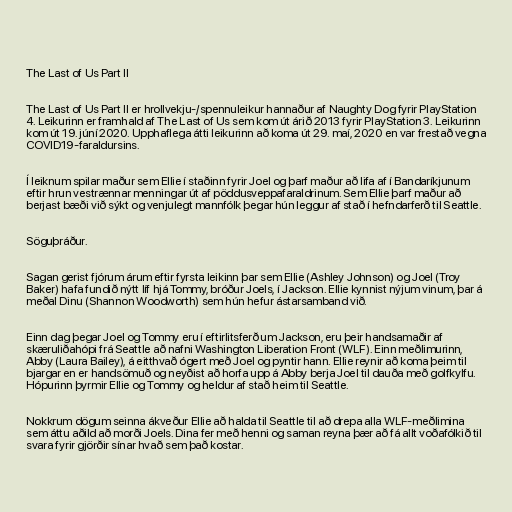
The Last of Us Part II

The Last of Us Part II er hrollvekju-/spennuleikur hannaður af Naughty Dog fyrir PlayStation
4. Leikurinn er framhald af The Last of Us sem kom út árið 2013 fyrir PlayStation 3. Leikurinn
kom út 19. júní 2020. Upphaflega átti leikurinn að koma út 29. maí, 2020 en var frestað vegna
COVID19-faraldursins.

Í leiknum spilar maður sem Ellie í staðinn fyrir Joel og þarf maður að lifa af í Bandaríkjunum
eftir hrun vestrænnar menningar út af pöddusveppafaraldrinum. Sem Ellie þarf maður að
berjast bæði við sýkt og venjulegt mannfólk þegar hún leggur af stað í hefndarferð til Seattle.

Söguþráður.

Sagan gerist fjórum árum eftir fyrsta leikinn þar sem Ellie (Ashley Johnson) og Joel (Troy
Baker) hafa fundið nýtt líf hjá Tommy, bróður Joels, í Jackson. Ellie kynnist nýjum vinum, þar á
meðal Dinu (Shannon Woodworth) sem hún hefur ástarsamband við.

Einn dag þegar Joel og Tommy eru í eftirlitsferð um Jackson, eru þeir handsamaðir af
skæruliðahópi frá Seattle að nafni Washington Liberation Front (WLF). Einn meðlimurinn,
Abby (Laura Bailey), á eitthvað ógert með Joel og pyntir hann. Ellie reynir að koma þeim til
bjargar en er handsömuð og neyðist að horfa upp á Abby berja Joel til dauða með golfkylfu.
Hópurinn þyrmir Ellie og Tommy og heldur af stað heim til Seattle.

Nokkrum dögum seinna ákveður Ellie að halda til Seattle til að drepa alla WLF-meðlimina
sem áttu aðild að morði Joels. Dina fer með henni og saman reyna þær að fá allt voðafólkið til
svara fyrir gjörðir sínar hvað sem það kostar.